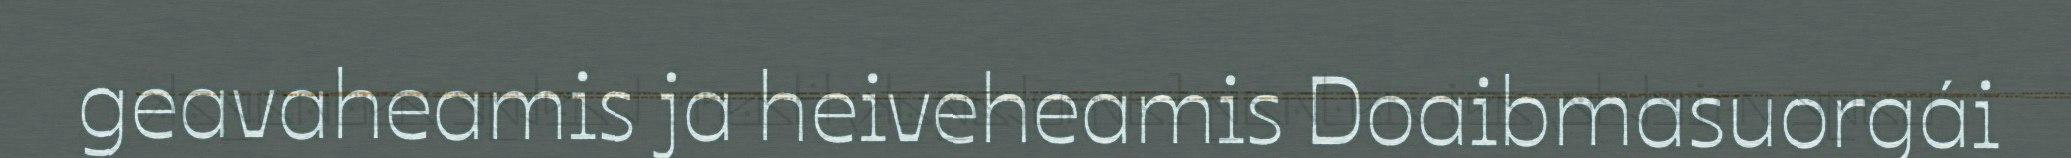
geavaheamis ja heiveheamis Doaibmasuorgái